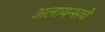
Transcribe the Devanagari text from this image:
अलायन्सचे